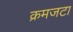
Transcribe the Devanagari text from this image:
क्रमजटा